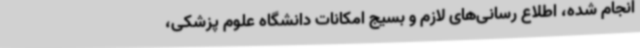
انجام شده، اطلاع رسانی‌های لازم و بسیج امکانات دانشگاه علوم پزشکی،